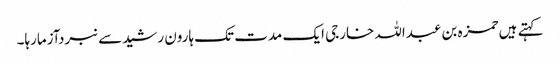
کہتے ہیں حمزہ بن عبداللہ خارجی ایک مدت تک ہارون رشیدسے نبردآزمارہا۔